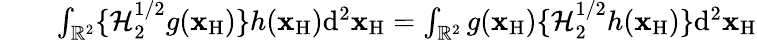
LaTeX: \begin{array}{rlr}&{}&{\int_{{\mathbb{R}}^{2}}\{ {\cal H}_{2}^{1/2}g({\mathbf x}_{\mathrm{H}})\} h({\mathbf x}_{\mathrm{H}})\mathrm{d}^{2}{\mathbf x}_{\mathrm{H}}=\int_{{\mathbb{R}}^{2}}g({\mathbf x}_{\mathrm{H}})\{ {\cal H}_{2}^{1/2}h({\mathbf x}_{\mathrm{H}})\} \mathrm{d}^{2}{\mathbf x}_{\mathrm{H}}}\end{array}